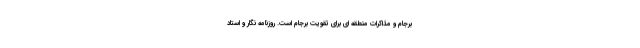
برجام و مذاكرات منطقه اي براي تقويت برجام است. روزنامه نگار و استاد